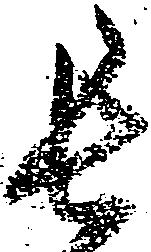
長